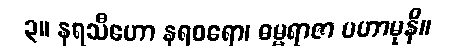
၃။ နရသီဟော နရဝရော၊ ဓမ္မရာဇာ မဟာမုနိ။